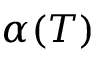
\alpha ( T )